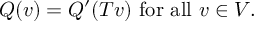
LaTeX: Q ( v ) = Q ^ { \prime } ( T v ) { \mathrm { ~ f o r ~ a l l ~ } } v \in V .